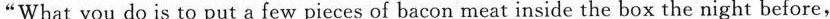
"What you do is to put a few pieces of bacon meat inside the box the night before,